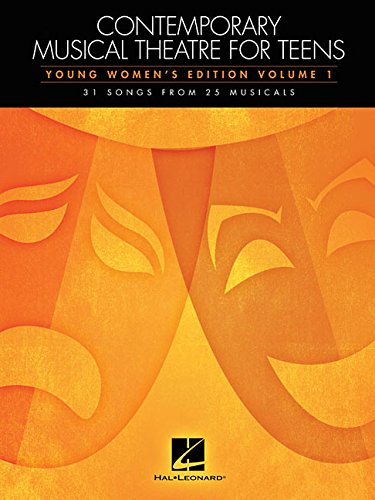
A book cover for Contemporary Musical Theatre For Teens - Young Women'S Edition Volume 1; Hal Leonard Corp.; Teen & Young Adult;